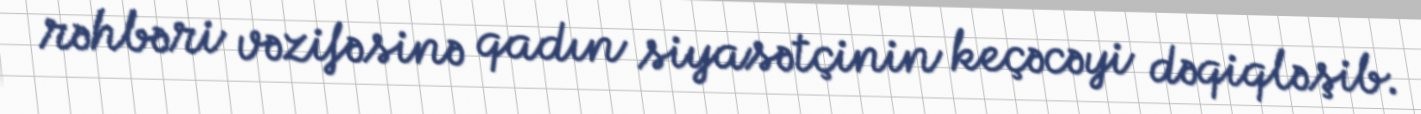
rəhbəri vəzifəsinə qadın siyasətçinin keçəcəyi dəqiqləşib.